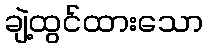
ချဲ့ထွင်ထားသော